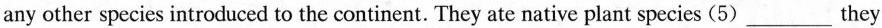
any other species introduced to the continent. They ate native plant species (5)___they